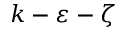
k - \varepsilon - \zeta